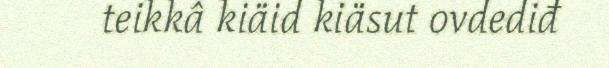
teikkâ kiäid kiäsut ovdediđ